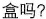
盒吗?